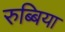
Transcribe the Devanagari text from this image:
रुब्बिया